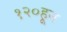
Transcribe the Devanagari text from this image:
१२०हून